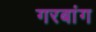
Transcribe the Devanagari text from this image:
गरबांग